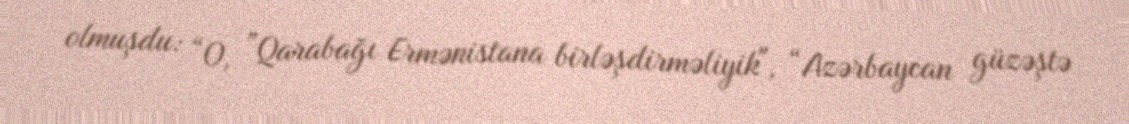
olmuşdu: “O, ”Qarabağı Ermənistana birləşdirməliyik", “Azərbaycan güzəştə